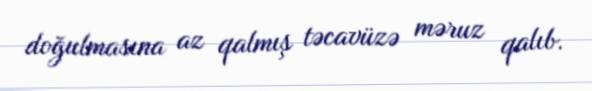
doğulmasına az qalmış təcavüzə məruz qalıb.